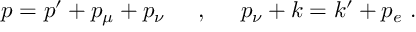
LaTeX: p = p ^ { \prime } + p _ { \mu } + p _ { \nu } \phantom { a b c } , \phantom { a b c } p _ { \nu } + k = k ^ { \prime } + p _ { e } \ .